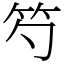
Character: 𥫩